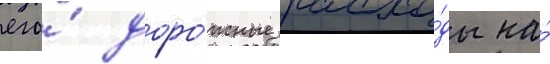
его́ доро́жные расхо́ды на́